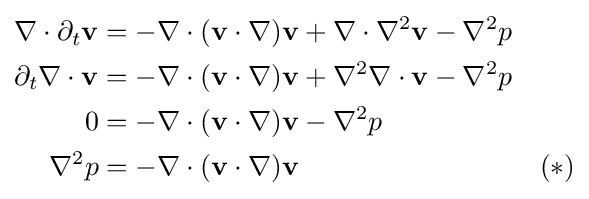
{\begin{aligned}\nabla \cdot \partial _{t}\mathbf {v} &=-\nabla \cdot (\mathbf {v} \cdot \nabla )\mathbf {v} +\nabla \cdot \nabla ^{2}\mathbf {v} -\nabla ^{2}p\\\partial _{t}\nabla \cdot \mathbf {v} &=-\nabla \cdot (\mathbf {v} \cdot \nabla )\mathbf {v} +\nabla ^{2}\nabla \cdot \mathbf {v} -\nabla ^{2}p\\0&=-\nabla \cdot (\mathbf {v} \cdot \nabla )\mathbf {v} -\nabla ^{2}p\\\nabla ^{2}p&=-\nabla \cdot (\mathbf {v} \cdot \nabla )\mathbf {v} &(\ast )\end{aligned}}